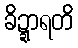
ခိဍ္ဍာရတိ